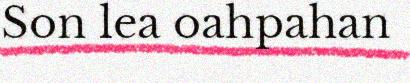
Son lea oahpahan